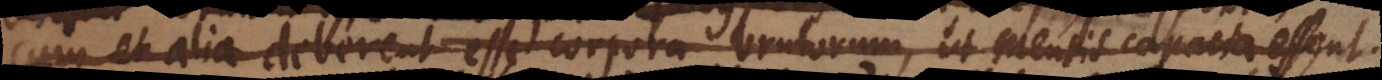
cum et alia deberent esse corpora brutorum, ut mentis capacia essent.